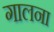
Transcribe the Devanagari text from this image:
गालना